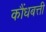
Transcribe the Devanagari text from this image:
कौंधबत्ती